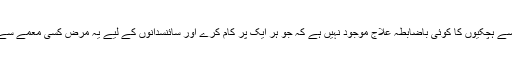
بدقسمتی سے ہچکیوں کا کوئی باضابطہ علاج موجود نہیں ہے کہ جو ہر ایک پر کام کرے اور سائنسدانوں کے لیے یہ مرض کسی معمے سے کم نہیں۔